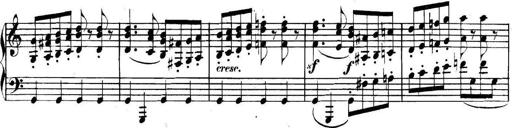
Title: Collected Piano Sonatas
Composer: Muzio Clementi